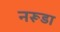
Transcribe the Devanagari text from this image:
नरूडा